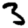
Digit: 3